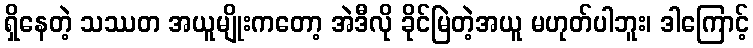
ရှိနေတဲ့ သဿတ အယူမျိုးကတော့ အဲဒီလို ခိုင်မြဲတဲ့အယူ မဟုတ်ပါဘူး၊ ဒါကြောင့်